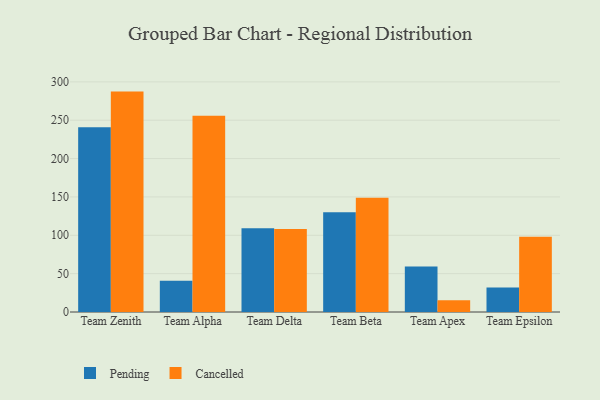
{"axis": {"x": "Team", "y": "Shipments"}, "legend": ["Cancelled", "Pending"], "data": [{"x": "Team Zenith", "y": 240.9, "type": "Pending"}, {"x": "Team Zenith", "y": 287.3, "type": "Cancelled"}, {"x": "Team Alpha", "y": 40.8, "type": "Pending"}, {"x": "Team Alpha", "y": 255.7, "type": "Cancelled"}, {"x": "Team Delta", "y": 109.2, "type": "Pending"}, {"x": "Team Delta", "y": 108.2, "type": "Cancelled"}, {"x": "Team Beta", "y": 130.0, "type": "Pending"}, {"x": "Team Beta", "y": 149.0, "type": "Cancelled"}, {"x": "Team Apex", "y": 59.2, "type": "Pending"}, {"x": "Team Apex", "y": 15.3, "type": "Cancelled"}, {"x": "Team Epsilon", "y": 31.9, "type": "Pending"}, {"x": "Team Epsilon", "y": 98.1, "type": "Cancelled"}]}